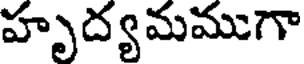
హృద్యమముగా